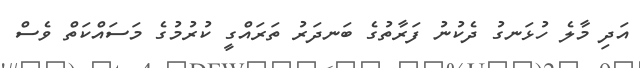
އަދި މާލެ ހުޅަނގު ދެކުނު ފަރާތުގެ ބަނދަރު ތަރައްގީ ކުރުމުގެ މަސައްކަތް ވެސް